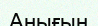
Анығын